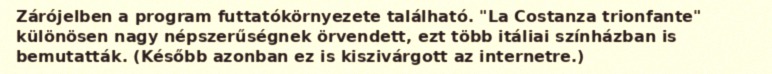
Zárójelben a program futtatókörnyezete található. "La Costanza trionfante" különösen nagy népszerűségnek örvendett, ezt több itáliai színházban is bemutatták. (Később azonban ez is kiszivárgott az internetre.)